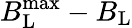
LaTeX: B_{\mathrm{L}}^{\mathrm{max}}-B_{\mathrm{L}}